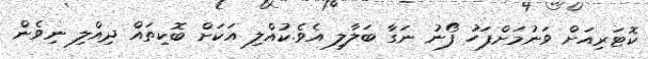
ކޮޓަރިއަށް ވަނުމަށްފަހު ފޯނު ނަގާ ބަލާލި އެވެ.ކުއްލި އަކަށް ބޮކިތައް ދިއްލި ނިވެން